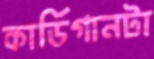
কার্ডিগানটা